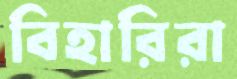
বিহারিরা